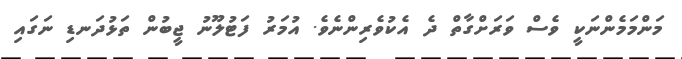
މަންމަމެންނަކީ ވެސް ވަރަށްގާތް ދެ އެކުވެރިންނެވެ. އުމަރު ފަޓުލޫނު ޖީބުން ތަޅުދަނޑި ނަގައި